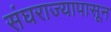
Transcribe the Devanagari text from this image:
संघराज्यापासून